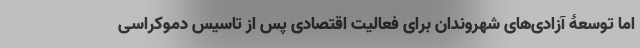
اما توسعۀ آزادی‌های شهروندان برای فعالیت اقتصادی پس از تاسیس دموکراسی